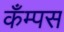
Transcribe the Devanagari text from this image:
कँम्पस